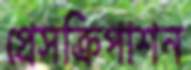
প্রেসক্রিপাশন